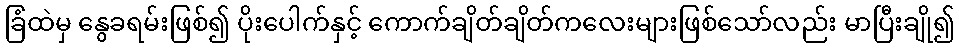
ခြံထဲမှ နွေခရမ်းဖြစ်၍ ပိုးပေါက်နှင့် ကောက်ချိတ်ချိတ်ကလေးများဖြစ်သော်လည်း မာပြီးချို၍